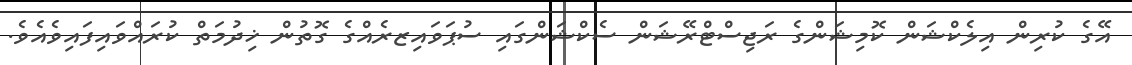
އޭގެ ކުރިން އިލެކްޝަން ކޮމިޝަންގެ ރަޖިސްޓްރޭޝަން ސެކްޝަންގައި ސުޕަވައިޒރެއްގެ ގޮތުން ޚިދުމަތް ކުރައްވައިފައިވެއެވެ.